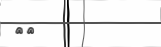
٥٦